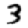
Digit: 3